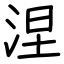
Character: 涅